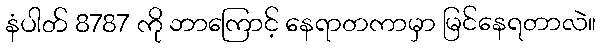
နံပါတ် 8787 ကို ဘာကြောင့် နေရာတကာမှာ မြင်နေရတာလဲ။